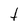
Character: t